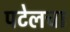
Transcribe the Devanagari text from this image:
पटेलचा